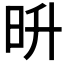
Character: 𣅮